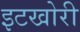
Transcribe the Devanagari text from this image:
इटखोरी